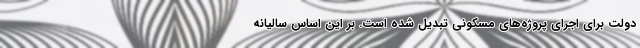
دولت برای اجرای پروژه‌های مسکونی تبدیل شده است. بر این اساس سالیانه